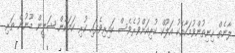
ލާނެތް ހިނިތުންވުމަކާއެކު އަލޫކް ކުރިއަށްވުރެވެސް ކައިރިވެފައި ކުރި ކަމަކުން ޝަލީން މޫނުން ތަރި